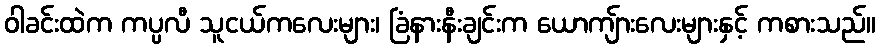
ဝါခင်းထဲက ကပ္ပလီ သူငယ်ကလေးများ၊ ခြံနားနီးချင်းက ယောကျ်ားလေးများနှင့် ကစားသည်။